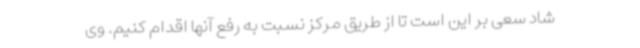
شاد سعی بر این است تا از طریق مرکز نسبت به رفع آنها اقدام کنیم. وی